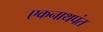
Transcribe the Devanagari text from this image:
एकनाथपंत